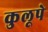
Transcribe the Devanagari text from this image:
कुलूपे